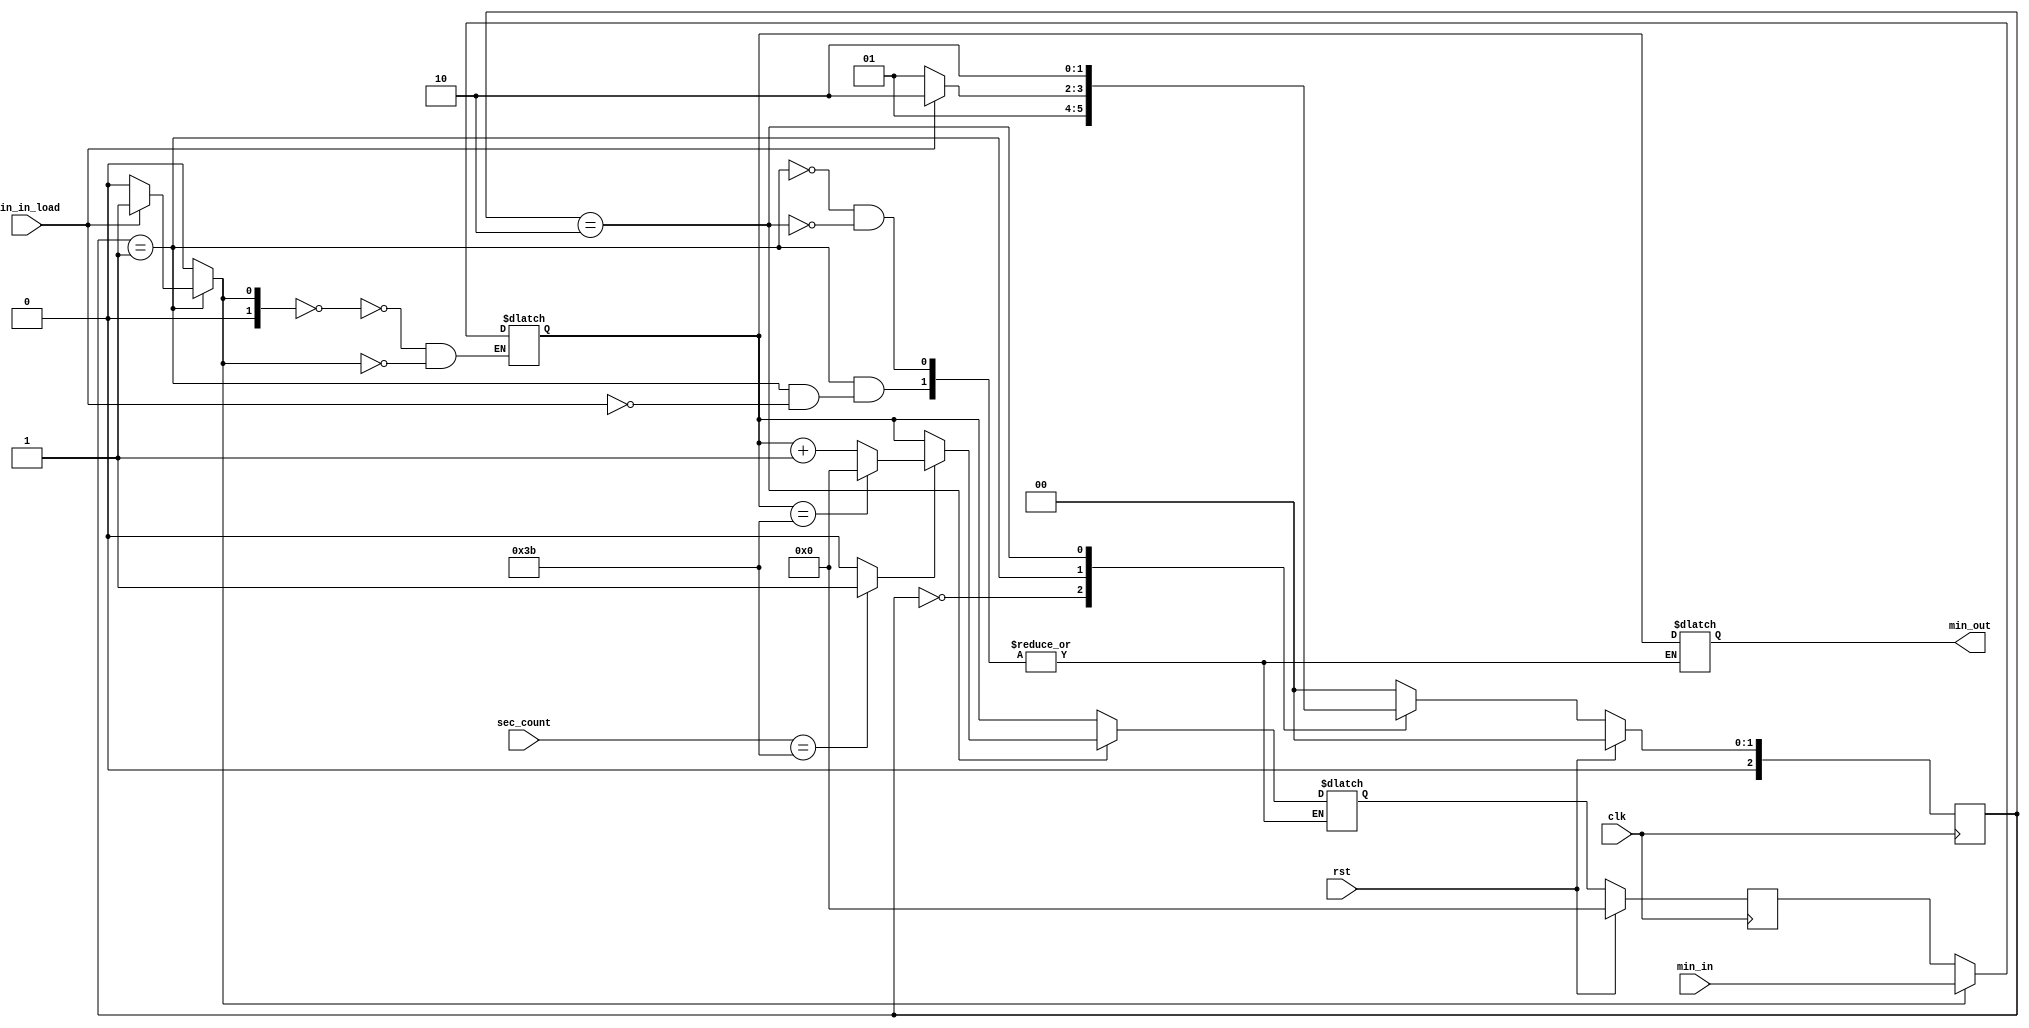
// This program was cloned from: https://github.com/tangxifan/micro_benchmark
// License: MIT License

module FSM_minute(
	input wire rst,
	input wire clk,
	input wire [5:0] min_in,
	input wire min_in_load,
	input wire [5:0] sec_count,
	output reg [5:0] min_out);
	
	reg  [2:0] ps, ns;
	wire [5:0] min_data_add;
	reg  [5:0] min_data;
	reg  [5:0] min_ps, min_ns;
	reg  [1:0] min_sel;
	wire min_count;
	
	always@(posedge clk)
	begin
		if(rst) ps <= 3'd0;
		else ps <= ns;
	end
	
	always@(posedge clk)
	begin
		if(rst) min_ps <= 6'd0;
		else min_ps <= min_ns;
	end
	
	always@(*)
	begin
		min_sel = 2'd0;
		case(ps)
			3'd0: begin
				ns = 3'd1;
			end
			3'd1: begin
				if(min_in_load) begin
					min_sel = 2'd1;
					min_out = min_data;
					ns = 3'd2;
					min_ns = min_data;
				end
				else ns = 3'd1;
			end
			3'd2: begin
				if(min_count == 1'd1) begin
					if(min_data == 6'd59) begin
						min_out = min_data;
						ns = 3'd2;
						min_ns = 6'd0;
					end
					else begin
						min_out = min_data;
						ns = 3'd2;
						min_ns = min_data_add;
					end
				end
				else begin
					min_out = min_data;
					min_ns = min_data;
					ns = 3'd2;
				end
			end
			default: begin
				ns = 3'd0;
			end
		endcase
	end
	
	assign min_data_add = min_data + 1;
	assign min_count = (sec_count == 6'd59) ? 1'd1 : 1'd0;
	
	always@(*)
	begin
		case(min_sel)
			2'd0: min_data = min_ps;
			2'd1: min_data = min_in;
		endcase
	end

endmodule